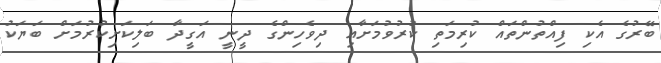
ބޭރުގެ އެކި ފިއްތުންތައް ކުރިމަތި ކުރުވުމަށާއި ދިވެހިންގެ ދީނީ އަގީދާ ބަލިކަށިކުރުމަށް ބަޔަކު